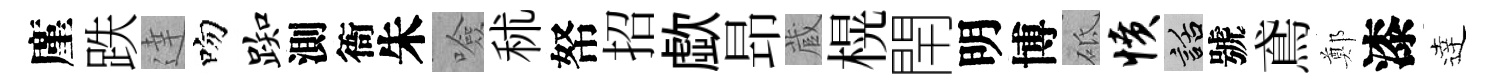
廑跌達吻踟測衙朱噞秫帑招歔昻蔵榥閈明博砥愤話號鳶鄭漆逹